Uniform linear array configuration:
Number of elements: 24
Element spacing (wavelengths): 0.5
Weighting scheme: cosine
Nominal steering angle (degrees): -15
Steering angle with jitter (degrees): -14.711
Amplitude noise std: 0.05
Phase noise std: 0.05

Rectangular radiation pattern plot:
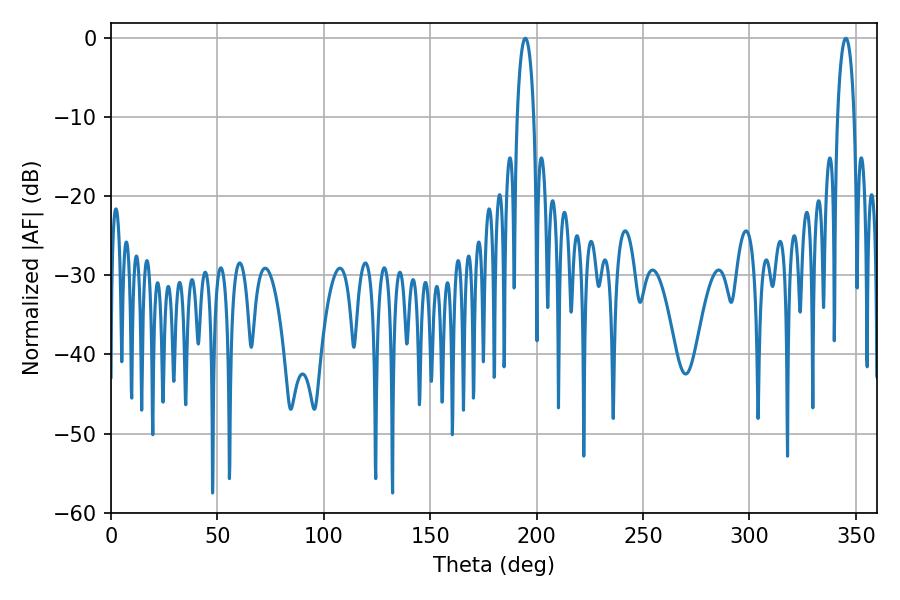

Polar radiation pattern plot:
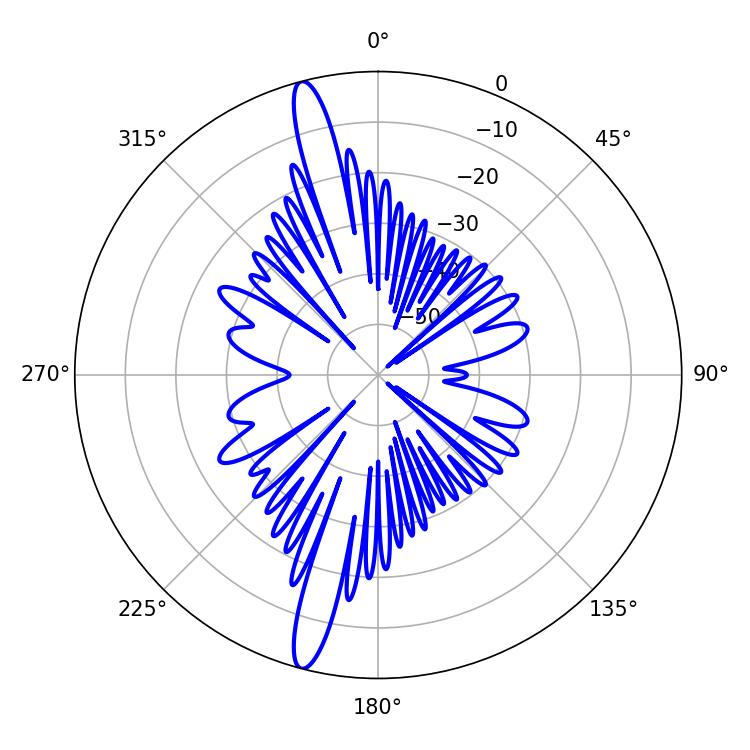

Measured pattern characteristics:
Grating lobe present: FALSE
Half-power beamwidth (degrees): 4.5
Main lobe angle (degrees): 194.76